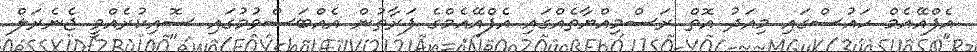
އެފްއޭއެމް ހައުސްގައި މިއަދު އޮތް ރަސްމިއްޔާތެއްގައި އެފްއޭއެމްގެ ފަރާތުން އެއްބަސްވުމުގައި ސޮއިކުރެއްވީ ޖެނެރަލް